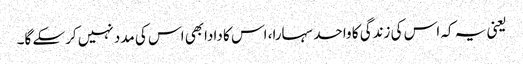
یعنی یہ کہ اس کی زندگی کا واحد سہارا، اس کا دادابھی اس کی مدد نہیں کرسکے گا۔